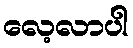
လေ့လာပါ